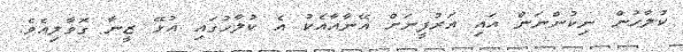
ކުލާހުން ނިކުންނަން އައި އަރުފީނަށް އޭނާއާއެކު އެ ކުލާހުގައި އުޅޭ ޒީނާ ގޮވާލިއެވެ.